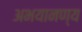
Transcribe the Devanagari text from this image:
अभयानण्‍य